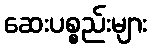
ဆေးပစ္စည်းများ